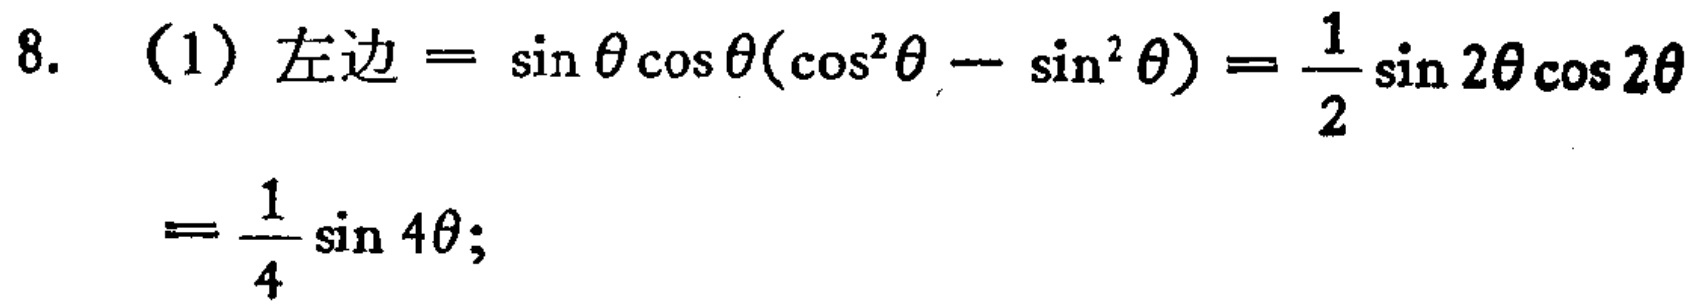
8. (1) 左边$=\sin\theta\cos\theta(\cos^{2}\theta - \sin^{2}\theta)=\frac{1}{2}\sin2\theta\cos2\theta=\frac{1}{4}\sin4\theta$;